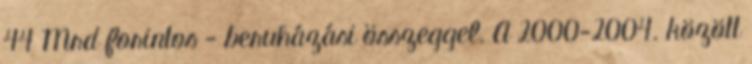
44 Mrd forintos - beruházási összeggel. A 2000-2004. között